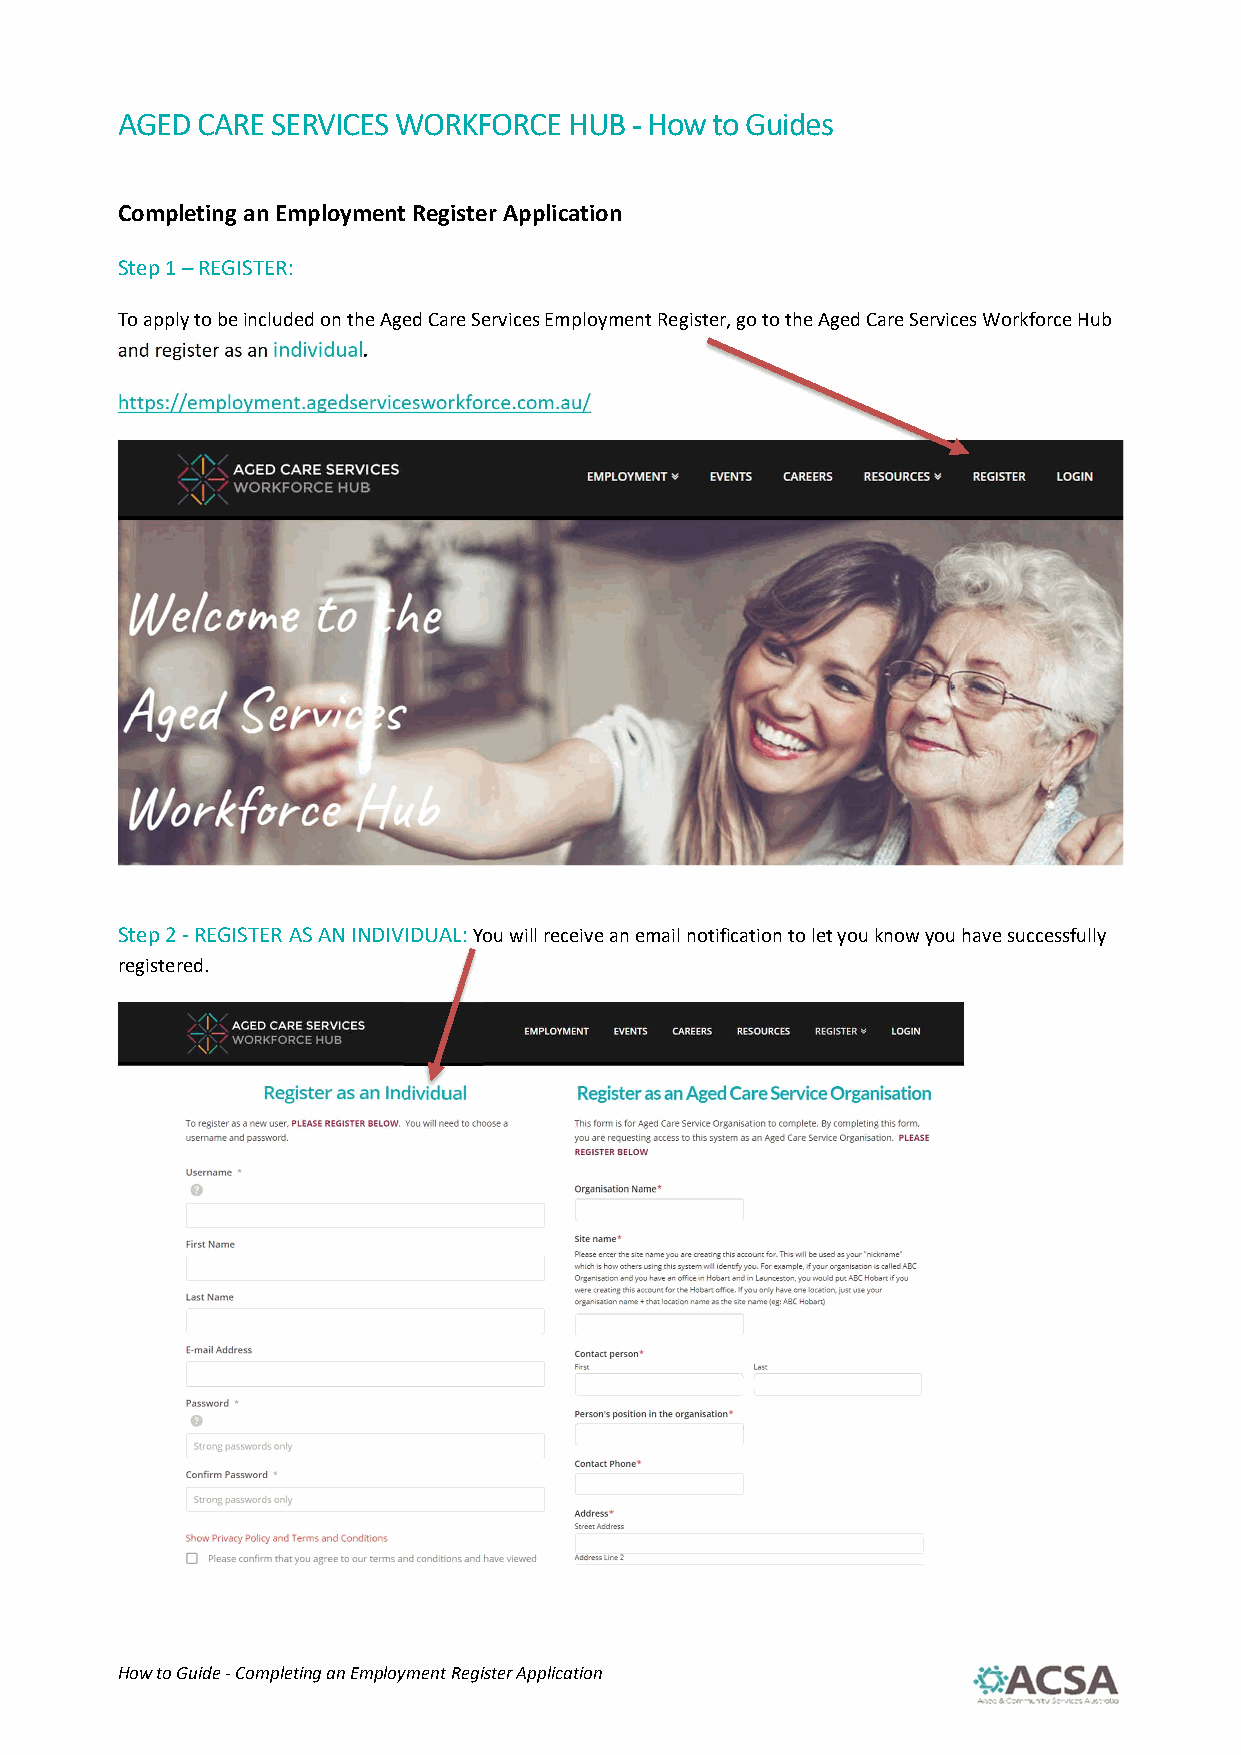
AGED CARE SERVICES WORKFORCE  HUB - How to Guides
 Completing an Employment Register Application
 Step 1 – REGISTER:
 To apply to be included on the Aged Care Services Employment Register, go to the Aged Care Services Workforce Hub
 and register as an individual.
 https://employment.agedservicesworkforce.com.au/
 Step 2 - REGISTER AS AN INDIVIDUAL: You will receive an email notification to let you know you have successfully
 registered.
 How to Guide - Completing an Employment Register Application